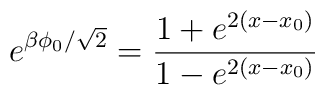
e^{\beta \phi_{0}/\sqrt{2}}=\frac{1+e^{2(x-x_{0})}}{1-e^{2(x-x_{0})}}